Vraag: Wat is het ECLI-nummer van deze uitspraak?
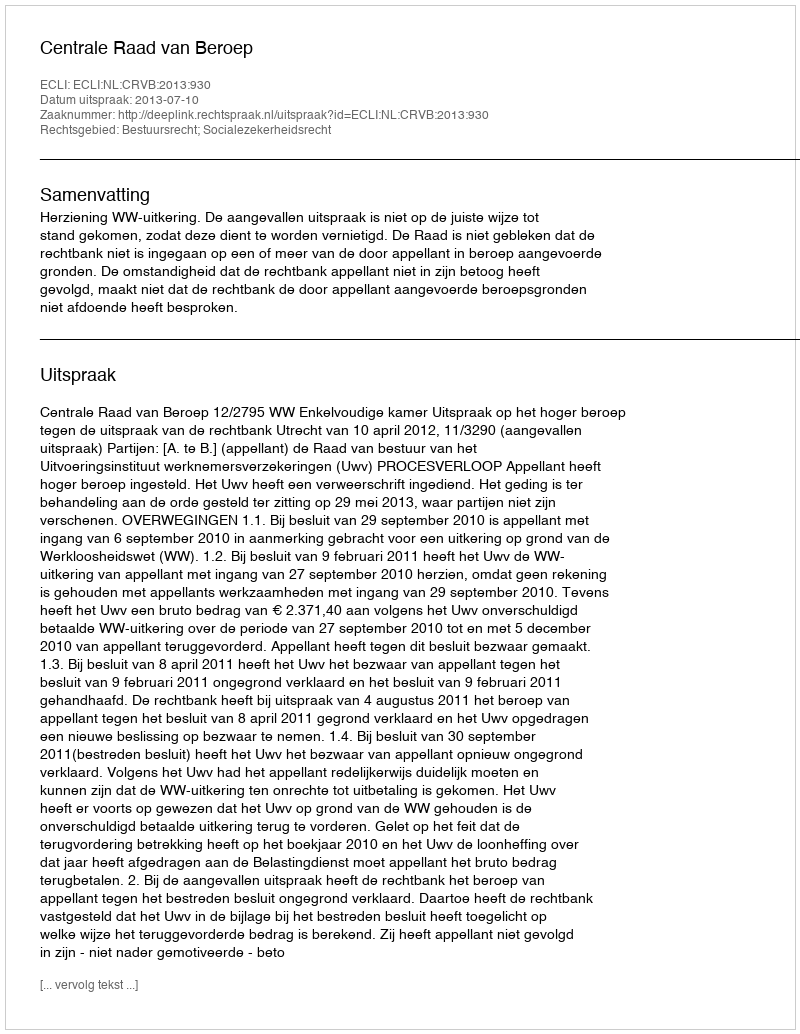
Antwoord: ECLI:NL:CRVB:2013:930